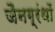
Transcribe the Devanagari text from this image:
जैनग्रंथों